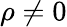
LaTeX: \rho\neq 0